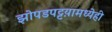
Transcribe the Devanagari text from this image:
झोपडपट्टय़ामध्येही